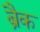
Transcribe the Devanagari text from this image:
ब्रैक